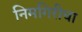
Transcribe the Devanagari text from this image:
निमगिरीचा